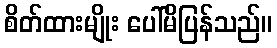
စိတ်ထားမျိုး ပေါ်မိပြန်သည်။